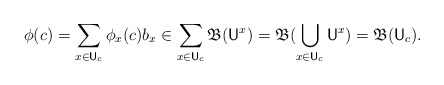
\begin{align*}\phi(c) = \sum_{x\in \mathsf U_c} \phi_x(c) b_x \in \sum_{x\in \mathsf U_c} \mathfrak B(\mathsf U^x) = \mathfrak B(\bigcup_{x\in \mathsf U_c} \mathsf U^x) = \mathfrak B(\mathsf U_c).\end{align*}